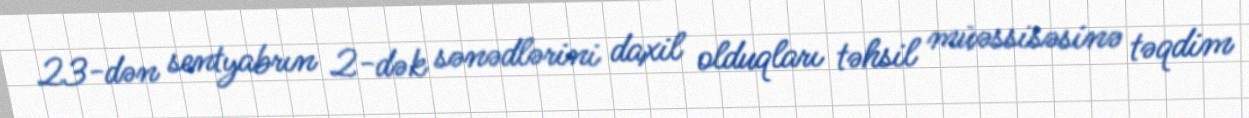
23-dən sentyabrın 2-dək sənədlərini daxil olduqları təhsil müəssisəsinə təqdim